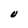
Character: U